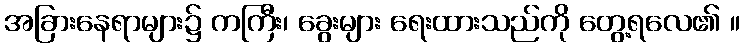
အခြားနေရာများ၌ ကကြီး၊ ခွေးများ ရေးထားသည်ကို တွေ့ရလေ၏ ။